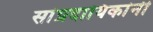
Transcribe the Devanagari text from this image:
सांप्रदायिकांनी